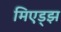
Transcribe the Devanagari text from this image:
मिएड्झ